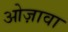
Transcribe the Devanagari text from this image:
ओज़ावा